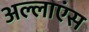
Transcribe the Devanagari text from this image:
अल्लाएंस